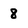
Character: 8